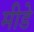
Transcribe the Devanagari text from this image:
मीडे